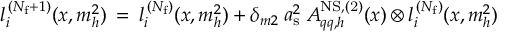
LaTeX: l _ { i } ^ { \, ( N _ { \mathrm { f } } + 1 ) } ( x , m _ { h } ^ { 2 } ) \: = \: l _ { i } ^ { \, ( N _ { \mathrm { f } } ) } ( x , m _ { h } ^ { 2 } ) + \delta _ { m 2 } \: a _ { \mathrm { s } } ^ { 2 } \: A _ { q q , h } ^ { \mathrm { N S , ( 2 ) } } ( x ) \otimes l _ { i } ^ { \, ( N _ { \mathrm { f } } ) } ( x , m _ { h } ^ { 2 } )